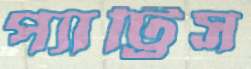
প্যাট্রিস